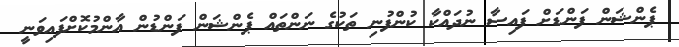
ޕެންޝަން ފަންޑަށް ފައިސާ ނުދައްކާ ކުންފުނި ތަކުގެ ނަންތައް ޕެންޝަން ފަންޑުން އާންމުކޮށްފައިވަނީ